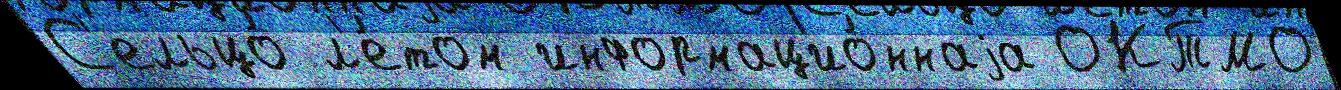
С'ельцо́ л'е́том информацио́ннаjа ОКТМО